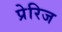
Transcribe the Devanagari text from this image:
प्रेरिज